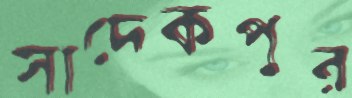
সাদেকপুর